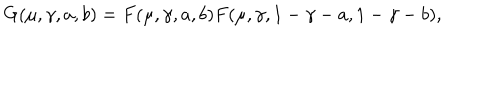
G ( \mu , \gamma , a , b ) = F ( \mu , \gamma , a , b ) F ( \mu , \gamma , 1 - \gamma - a , 1 - \gamma - b ) ,